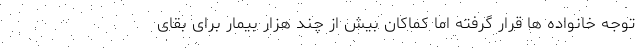
توجه خانواده ها قرار گرفته اما کماکان بیش از چند هزار بیمار برای بقای